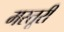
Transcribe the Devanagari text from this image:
मस्तूरी